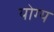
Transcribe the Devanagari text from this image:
योग्य